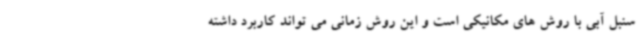
سنبل آبی با روش های مکانیکی است و این روش زمانی می تواند کاربرد داشته